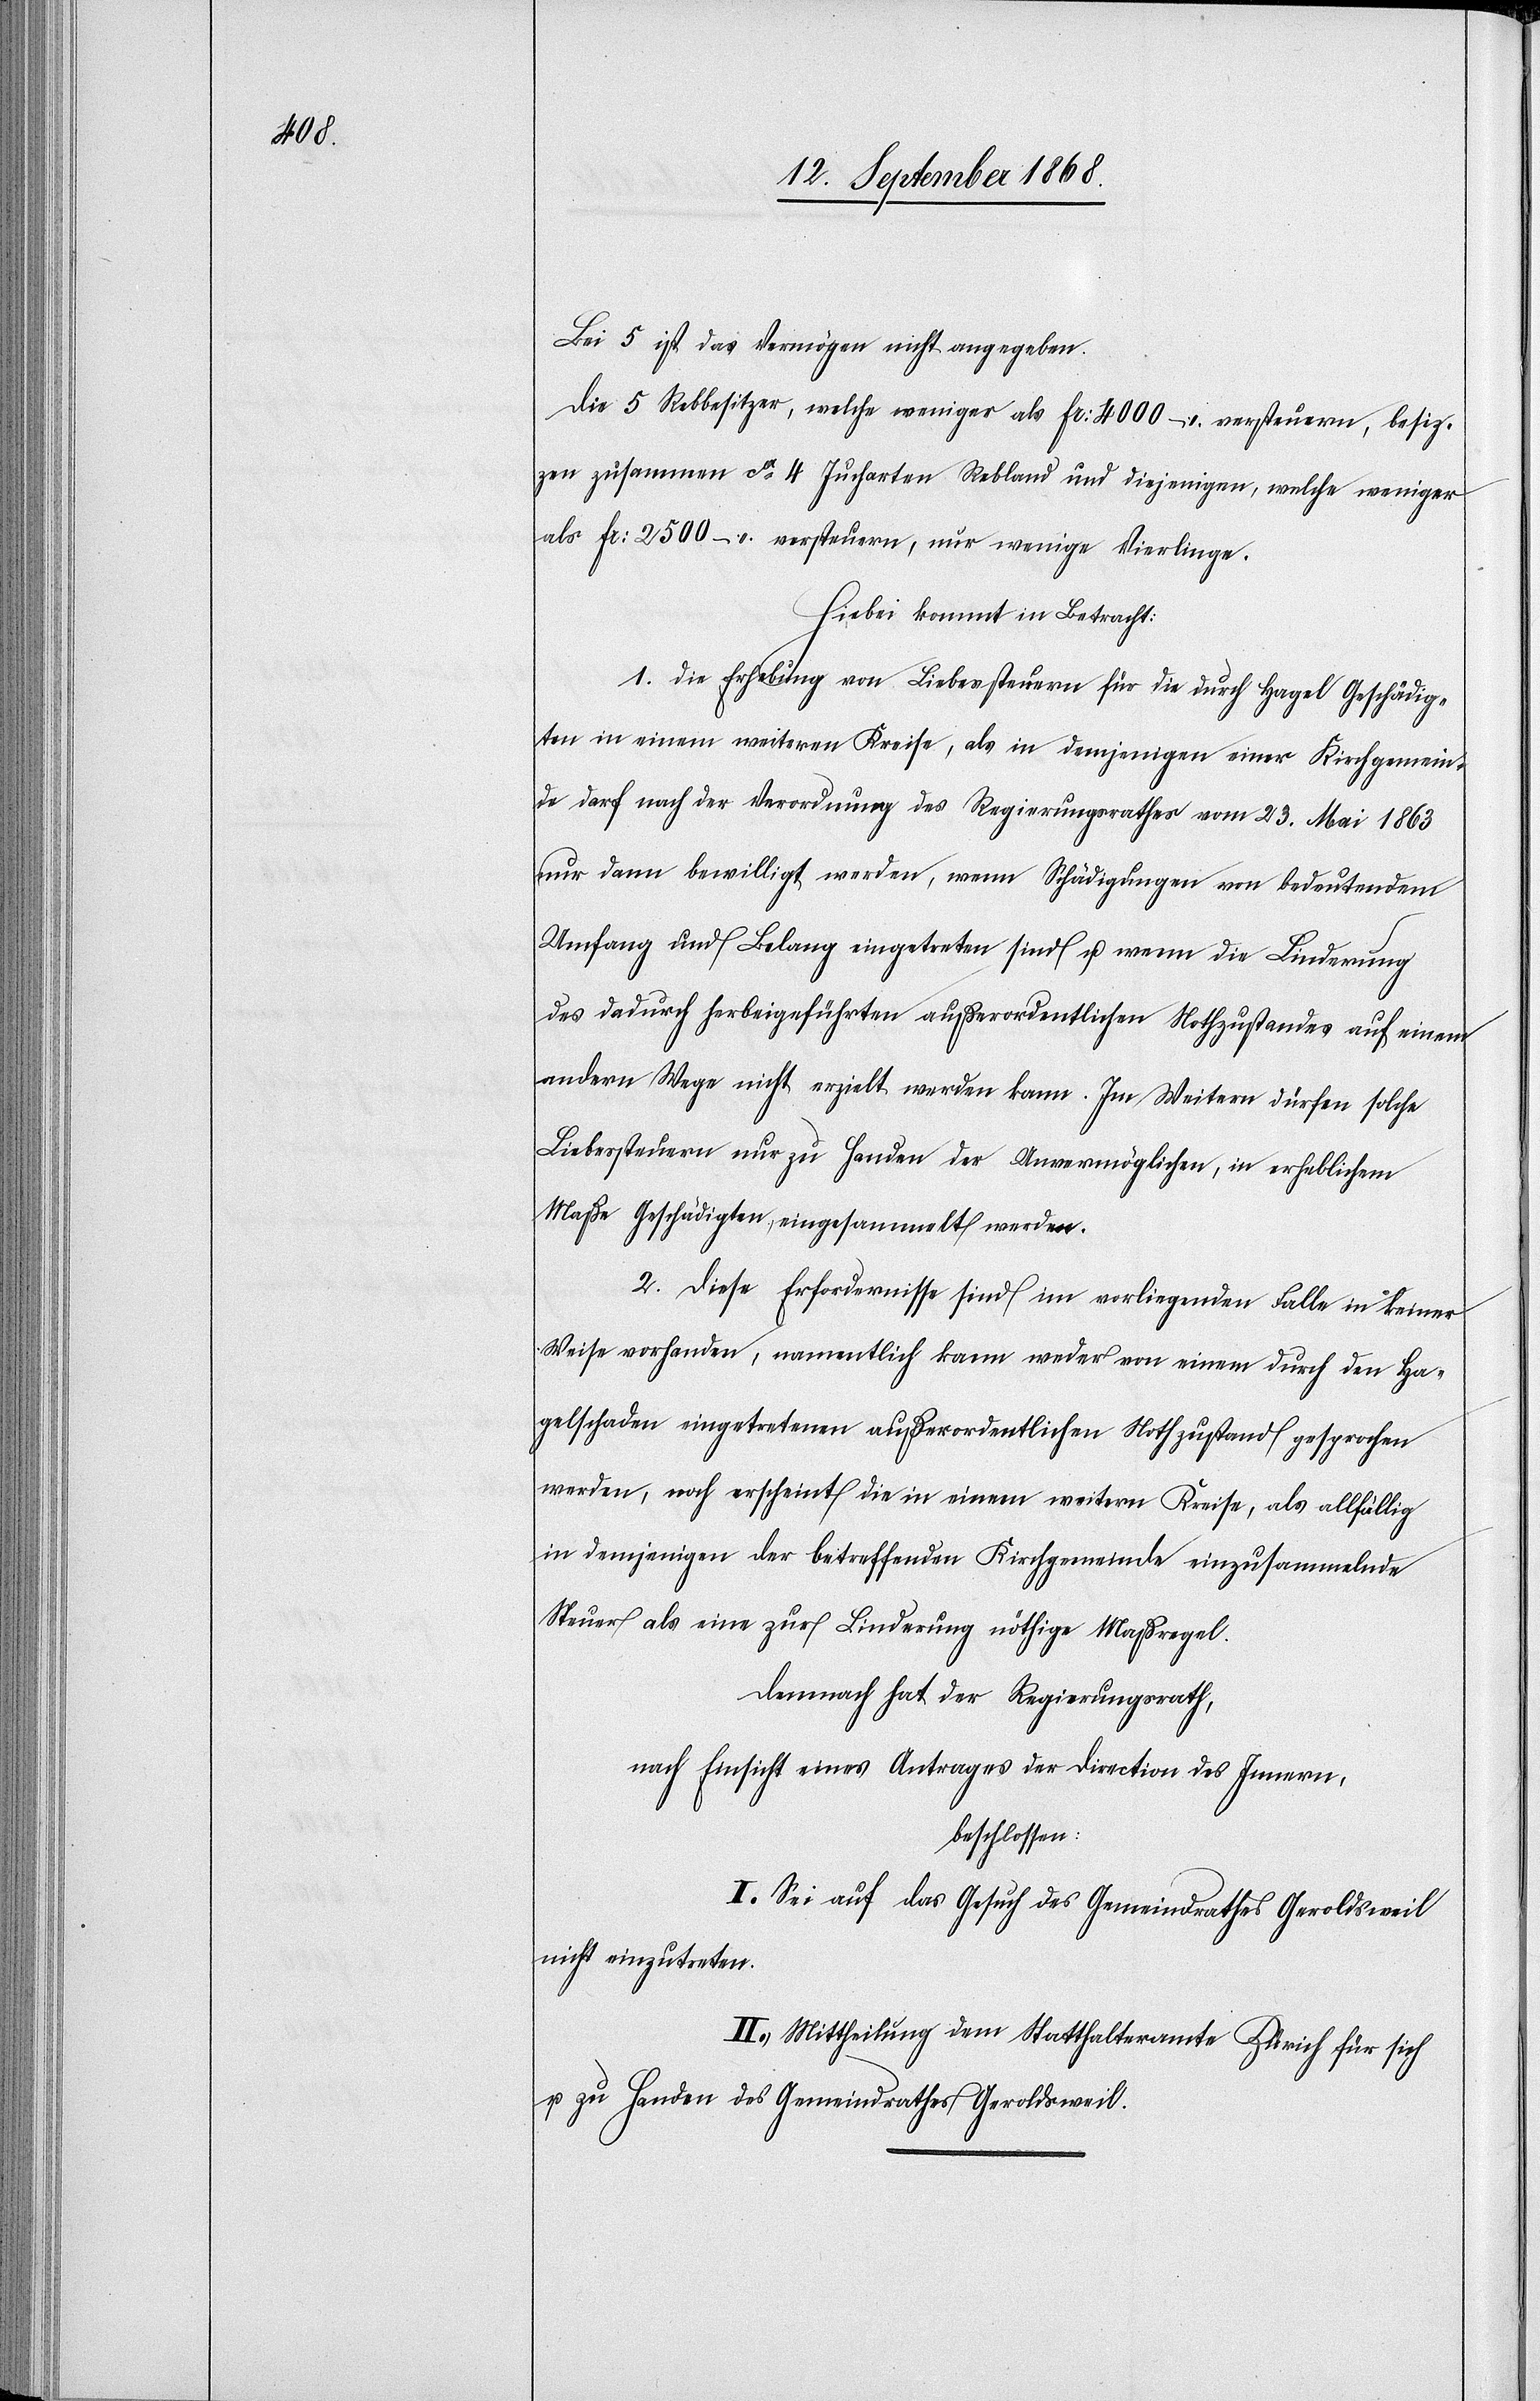
Bei 5 ist das Vermögen nicht angegeben.
Die 5 Rebbesitzer, welche weniger als Fr: 4000 – versteuern, besit¬
zen zusammen ca 4 Jucharten Rebland und diejenigen, welche weniger
als Fr: 2500 – versteuern, nur wenige Vierlinge.
Hiebei kommt in Betracht:
1. Die Erhebung von Liebessteuern für die durch Hagel Geschädig¬
ten in einem weiteren Kreise, als in demjenigen einer Kirchgemein¬
de darf nach der Verordnung des Regierungsrathes vom 23. Mai 1863
nur dann bewilligt werden, wenn Schädigungen von bedeutendem
Umfang und Belang eingetreten sind u. wenn die Linderung
des dadurch herbeigeführten außerordentlichen Nothzustandes auf einem
andern Wege nicht erzielt werden kann. Im Weitern dürfen solche
Liebessteuern nur zu Handen der Unvermöglichen, in erheblichem
Maße Geschädigten, eingesammelt werden.
2. Diese Erfordernisse sind im vorliegenden Falle in keiner
Weise vorhanden, namentlich kann weder von einem durch den Ha¬
gelschaden eingetretenen außerordentlichen Nothzustand gesprochen
werden, noch erscheint die in einem weitern Kreise, als allfällig
in demjenigen der betreffenden Kirchgemeinde einzusammelnde
Steuer als eine zur Linderung nöthige Maßregel.
Demnach hat der Regierungsrath,
nach Einsicht eines Antrages der Direction des Innern,
beschlossen:
I. Sei auf das Gesuch des Gemeindrathes Geroldsweil
nicht einzutreten.
II. Mittheilung dem Statthalteramte Zürich für sich
u. zu Handen des Gemeindrathes Geroldsweil.